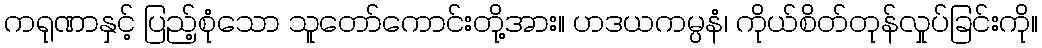
ကရုဏာနှင့် ပြည့်စုံသော သူတော်ကောင်းတို့အား။ ဟဒယကမ္ပနံ၊ ကိုယ်စိတ်တုန်လှုပ်ခြင်းကို။